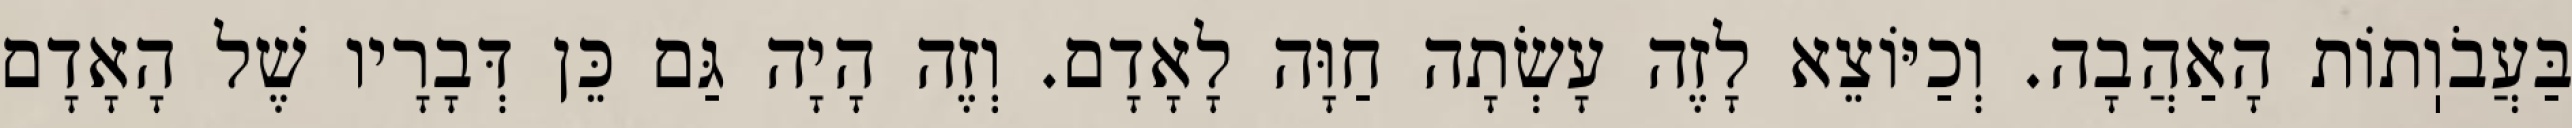
בַּעֲבֹוֽתוֹת הָאַהֲבָה. וְכַיּוֹצֵא לָזֶה עָשְׂתָה חַוָּה לָאָדָם. וְזֶה הָיָה גַּם כֵּן דְּבָרָיו שֶׁל הָאָדָם